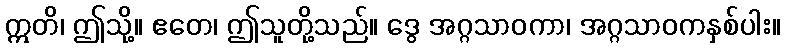
ဣတိ၊ ဤသို့။ ဧတေ၊ ဤသူတို့သည်။ ဒွေ အဂ္ဂသာဝကာ၊ အဂ္ဂသာဝကနှစ်ပါး။